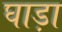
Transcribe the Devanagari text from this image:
घाड़ा